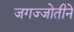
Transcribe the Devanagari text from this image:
जगज्जोतीने